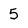
Character: 5